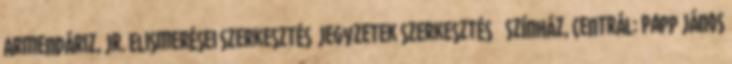
Armendáriz, Jr. Elismerései szerkesztés Jegyzetek szerkesztés ↑ Színház, Centrál: Papp János